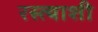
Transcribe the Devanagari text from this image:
रस्त्याशी